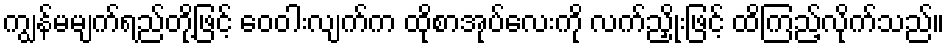
ကျွန်မမျက်ရည်တို့ဖြင့် ဝေဝါးလျက်က ထိုစာအုပ်လေးကို လက်ညှိုးဖြင့် ထိကြည့်လိုက်သည်။